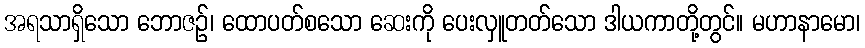
အရသာရှိသော ဘောဇဉ်၊ ထောပတ်စသော ဆေးကို ပေးလှူတတ်သော ဒါယကာတို့တွင်။ မဟာနာမော၊